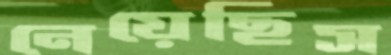
নেয়েছিস